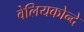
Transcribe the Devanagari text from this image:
वेलियकोन्दे